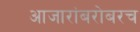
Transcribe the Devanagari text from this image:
आजारांबरोबरच